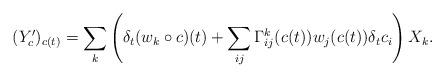
LaTeX: \begin{align*}(Y_{c}')_{c(t)}=\sum_k\left(\delta_t(w_k\circ c)(t)+\sum_{ij}\Gamma^k_{ij}(c(t))w_j(c(t))\delta_tc_i\right)X_k.\end{align*}